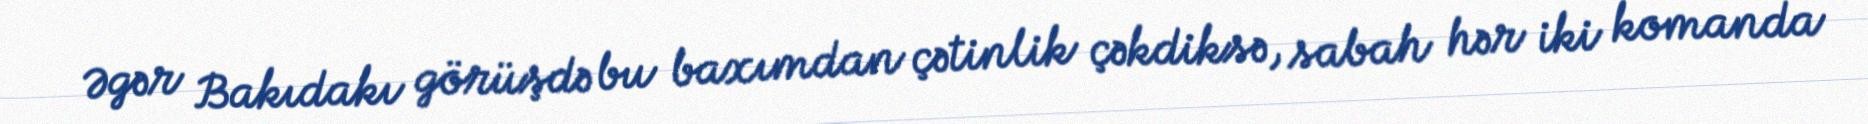
Əgər Bakıdakı görüşdə bu baxımdan çətinlik çəkdiksə, sabah hər iki komanda